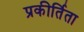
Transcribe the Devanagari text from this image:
प्रकीर्तिता